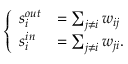
\left\{ \begin{array} { l l } { s _ { i } ^ { o u t } } & { = \sum _ { j \neq i } w _ { i j } } \\ { s _ { i } ^ { i n } } & { = \sum _ { j \neq i } w _ { j i } . } \end{array} \right.